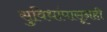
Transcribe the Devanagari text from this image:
सुविधांपासूनही